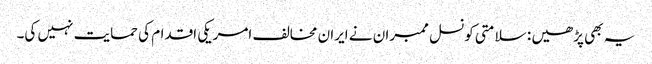
یہ بھی پڑھیں : سلامتی کونسل ممبران نے ایران مخالف امریکی اقدام کی حمایت نہیں کی۔